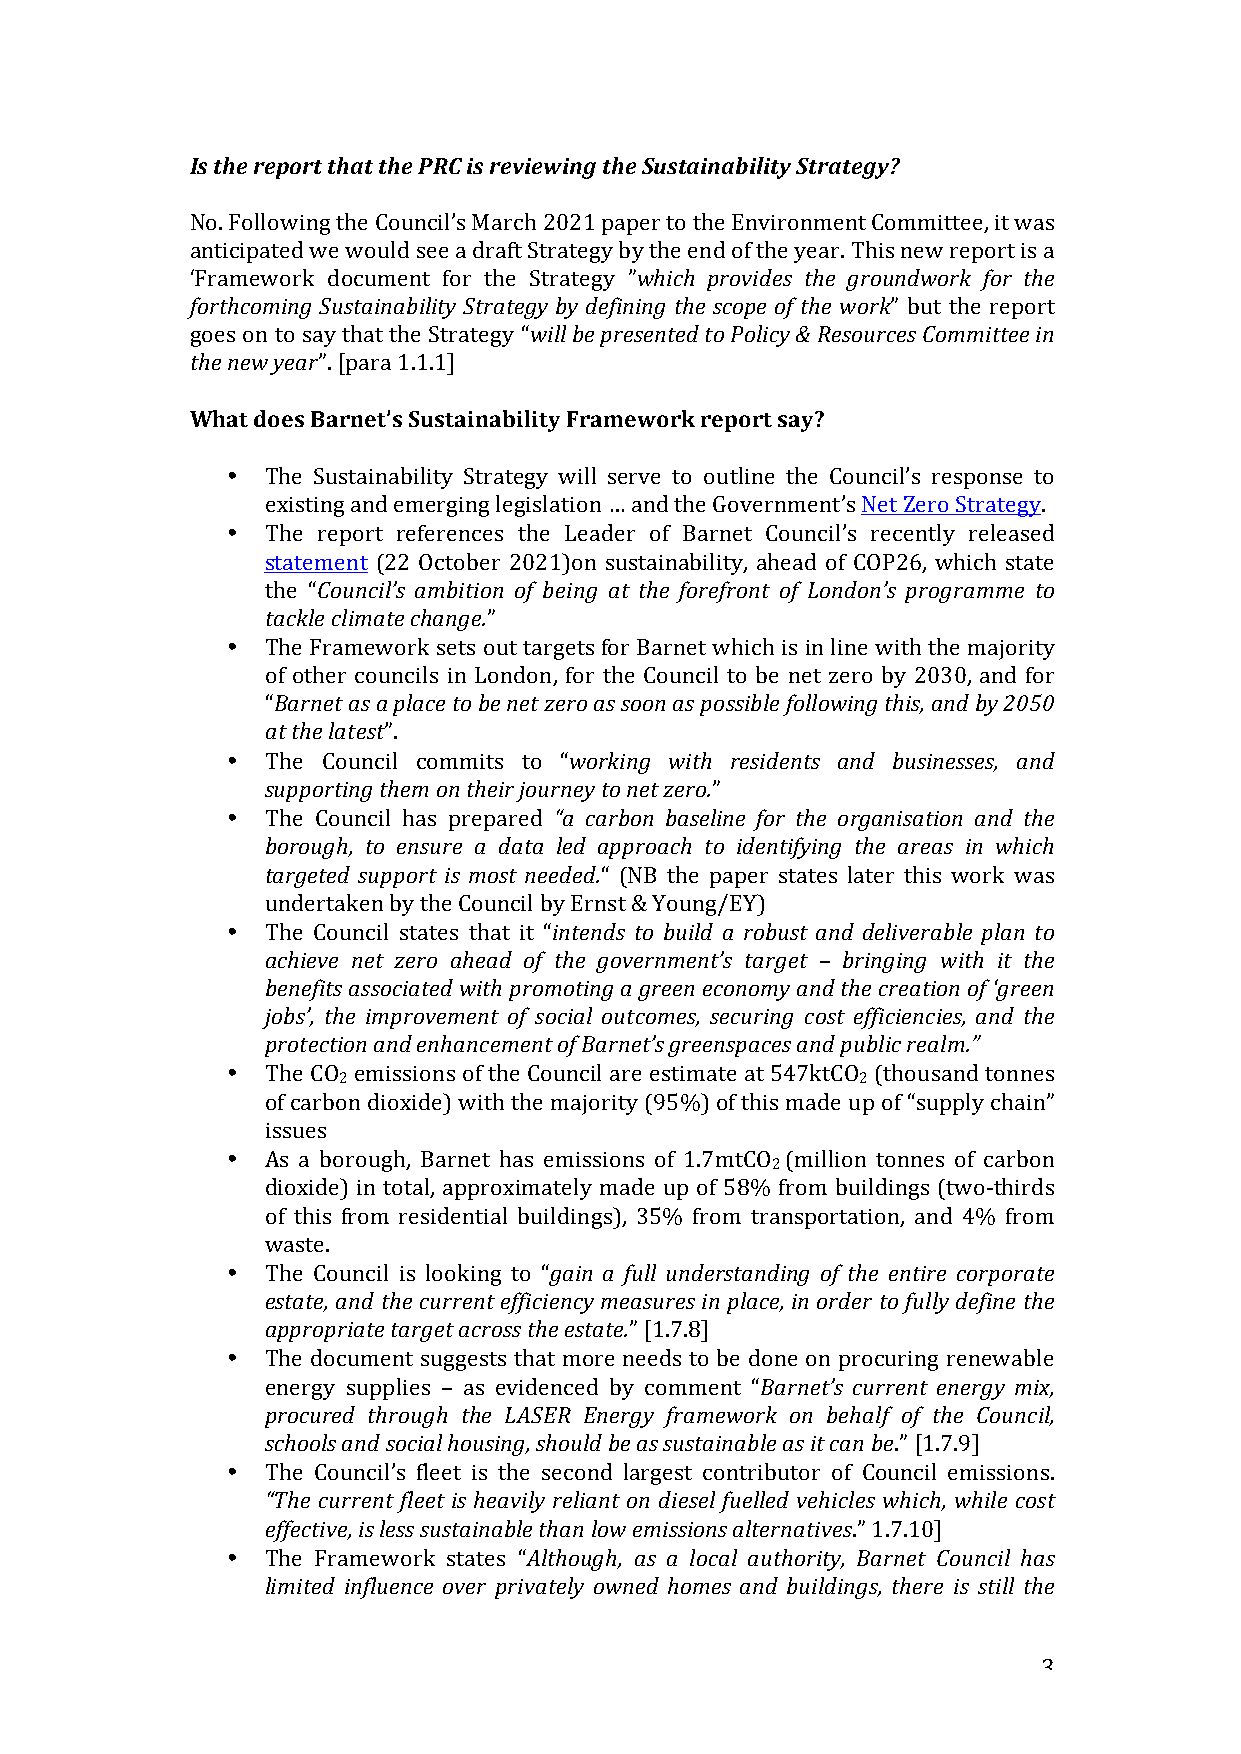
Is the report that the PRC is reviewing the Sustainability Strategy?
 No. Following the Council’s March 2021 paper to the Environment Committee, it was
 anticipated we would see a draft Strategy by the end of the year. This new report is a
 ‘Framework document for the Strategy ”which provides the groundwork for the
 forthcoming Sustainability Strategy by defining the scope of the work” but the report
 goes on to say that the Strategy “will be presented to Policy & Resources Committee in
 the new year”. [para 1.1.1]
 What does Barnet’s Sustainability Framework report say?
 •  The Sustainability Strategy will serve to outline the Council’s response to
 existing and emerging legislation … and the Government’s Net Zero Strategy.
 •  The report references the Leader of Barnet Council’s recently released
 statement (22 October 2021)on sustainability, ahead of COP26, which state
 the “Council’s ambition of being at the forefront of London’s programme to
 tackle climate change.”
 •  The Framework sets out targets for Barnet which is in line with the majority
 of other councils in London, for the Council to be net zero by 2030, and for
 “Barnet as a place to be net zero as soon as possible following this, and by 2050
 at the latest”.
 •  The Council commits to “working with residents and businesses, and
 supporting them on their journey to net zero.”
 •  The Council has prepared “a carbon baseline for the organisation and the
 borough, to ensure a data led approach to identifying the areas in which
 targeted support is most needed.“ (NB the paper states later this work was
 undertaken by the Council by Ernst & Young/EY)
 •  The Council states that it “intends to build a robust and deliverable plan to
 achieve net zero ahead of the government’s target – bringing with it the
 benefits associated with promoting a green economy and the creation of ‘green
 jobs’, the improvement of social outcomes, securing cost efficiencies, and the
 protection and enhancement of Barnet’s greenspaces and public realm.”
 •  The CO emissions of the Council are estimate at 547ktCO (thousand tonnes
 2                                  2
 of carbon dioxide) with the majority (95%) of this made up of “supply chain”
 issues
 •  As a borough, Barnet has emissions of 1.7mtCO (million tonnes of carbon
 2
 dioxide) in total, approximately made up of 58% from buildings (two-thirds
 of this from residential buildings), 35% from transportation, and 4% from
 waste.
 •  The Council is looking to “gain a full understanding of the entire corporate
 estate, and the current efficiency measures in place, in order to fully define the
 appropriate target across the estate.” [1.7.8]
 •  The document suggests that more needs to be done on procuring renewable
 energy supplies – as evidenced by comment “Barnet’s current energy mix,
 procured through the LASER Energy framework on behalf of the Council,
 schools and social housing, should be as sustainable as it can be.” [1.7.9]
 •  The Council’s fleet is the second largest contributor of Council emissions.
 “The current fleet is heavily reliant on diesel fuelled vehicles which, while cost
 effective, is less sustainable than low emissions alternatives.” 1.7.10]
 •  The Framework states “Although, as a local authority, Barnet Council has
 limited influence over privately owned homes and buildings, there is still the
 3